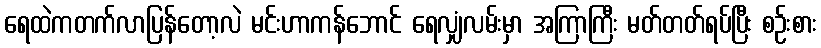
ရေထဲကတက်လာပြန်တော့လဲ မင်းဟာကန်ဘောင် ရေလျှံလမ်းမှာ အကြာကြီး မတ်တတ်ရပ်ပြီး စဉ်းစား